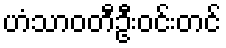
ဟံသာဝတီဦးဝင်းတင်